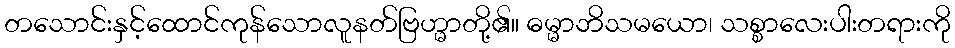
တသောင်းနှင့်ထောင်ကုန်သောလူနတ်ဗြဟ္မာတို့၏။ ဓမ္မာဘိသမယော၊ သစ္စာလေးပါးတရားကို